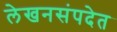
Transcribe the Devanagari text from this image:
लेखनसंपदेत